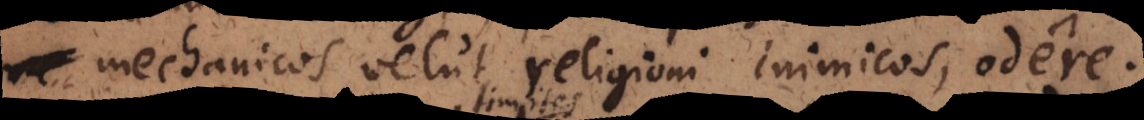
mechanicos velut religioni inimicos, odere;